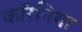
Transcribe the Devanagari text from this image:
कॉरनिया